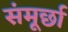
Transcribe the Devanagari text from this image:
संमूर्छा